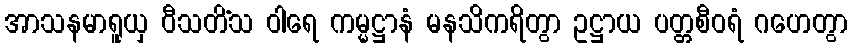
အာသနမာရူယှ ဝီသတိံသ ဝါရေ ကမ္မဋ္ဌာနံ မနသိကရိတွာ ဥဋ္ဌာယ ပတ္တစီဝရံ ဂဟေတွာ